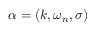
\alpha = ( k , \omega _ { n } , \sigma )